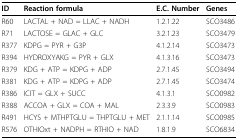
<table><thead><tr><td><b>ID</b></td><td><b>Reaction formula</b></td><td><b>E.C. Number</b></td><td><b>Genes</b></td></tr></thead><tbody><tr><td>R60</td><td>LACTAL + NAD = LLAC + NADH</td><td>1.2.1.22</td><td>SCO3486</td></tr><tr><td>R71</td><td>LACTOSE = GLAC + GLC</td><td>3.2.1.23</td><td>SCO3479</td></tr><tr><td>R377</td><td>KDPG = PYR + G3P</td><td>4.1.2.14</td><td>SCO3473</td></tr><tr><td>R394</td><td>HYDROXYAKG = PYR + GLX</td><td>4.1.3.16</td><td>SCO3473</td></tr><tr><td>R379</td><td>KDG + ATP = KDPG + ADP</td><td>2.7.1.45</td><td>SCO3494</td></tr><tr><td>R381</td><td>KDG + ATP = KDPG + ADP</td><td>2.7.1.45</td><td>SCO3474</td></tr><tr><td>R386</td><td>ICIT = GLX + SUCC</td><td>4.1.3.1</td><td>SCO0982</td></tr><tr><td>R388</td><td>ACCOA + GLX = COA + MAL</td><td>2.3.3.9</td><td>SCO0983</td></tr><tr><td>R491</td><td>HCYS + MTHPTGLU = THPTGLU + MET</td><td>2.1.1.14</td><td>SCO0985</td></tr><tr><td>R576</td><td>OTHIOxt + NADPH = RTHIO + NAD</td><td>1.8.1.9</td><td>SCO6834</td></tr></tbody></table>